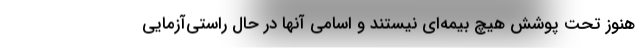
هنوز تحت پوشش هیچ بیمه‌ای نیستند و اسامی آنها در حال راستی‌آزمایی